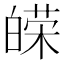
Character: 𤾔